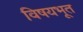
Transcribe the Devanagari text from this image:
विषयभूत